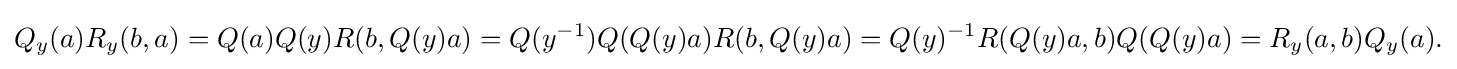
\displaystyle {Q_{y}(a)R_{y}(b,a)=Q(a)Q(y)R(b,Q(y)a)=Q(y^{-1})Q(Q(y)a)R(b,Q(y)a)=Q(y)^{-1}R(Q(y)a,b)Q(Q(y)a)=R_{y}(a,b)Q_{y}(a).}